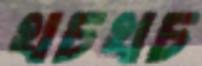
খচখচ